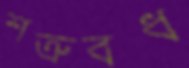
শত্রুবধ